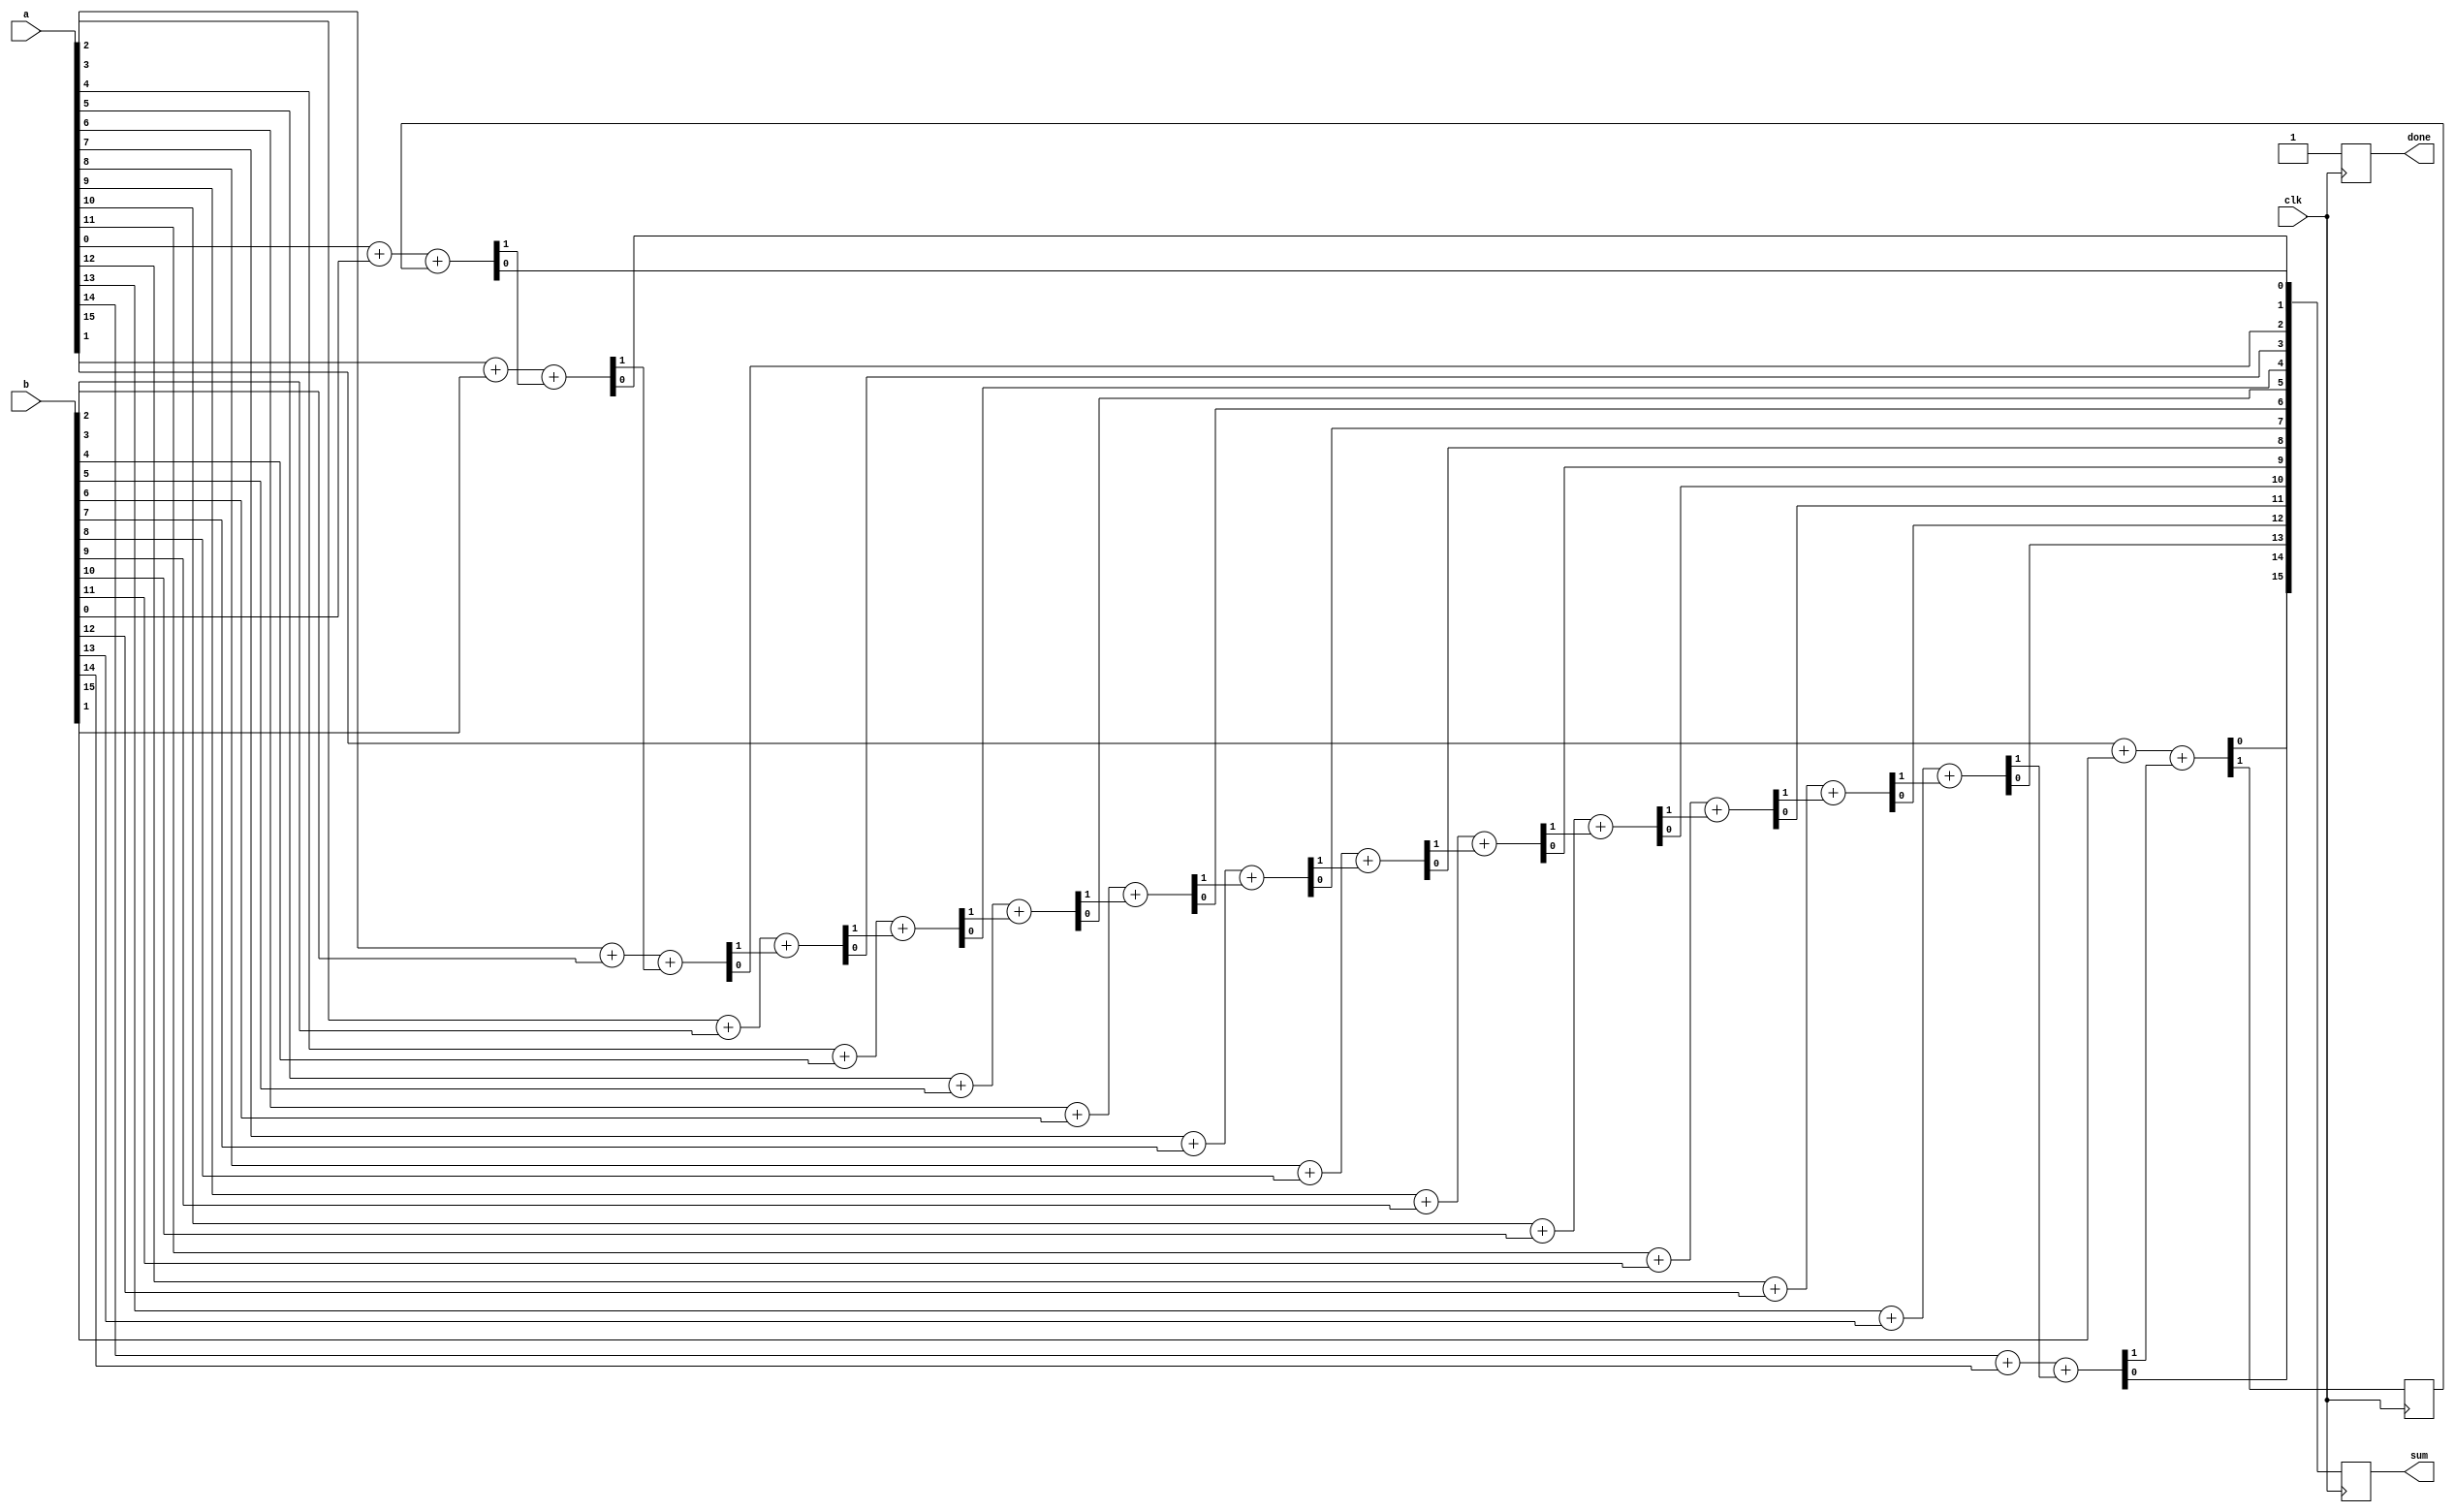
`timescale 1ns / 1ps

module serial(sum, a, b, clk, done);
	input [15:0] a;
	input [15:0] b;
	input clk;
	reg [15:0] x;
	reg [15:0] z;
	output reg [15:0] sum; 
	output reg done;
	reg cout;
	reg s;
	reg cin;
	reg [15:0] sum_temp;
    
    initial begin
        sum_temp <= 0;
        cin <= 0;
        done <= 0;
    end
        
    integer i;
    always @(posedge clk) begin
        for(i = 0; i < 16; i=i+1) begin
            x = a >>> i;
            z = b >>> i;
            
            {cout, s} = x[0] + z[0] + cin;
                
            sum_temp = {s, sum_temp[15:1]};
            cin = cout;
            
            if(i == 15) begin
                sum = sum_temp;
                done = 1;
            end
        end
    end
endmodule